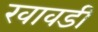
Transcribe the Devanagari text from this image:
खावडी